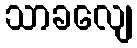
သာခလျေ